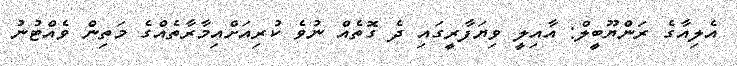
އެލިއާގެ ރަންޔޫބީލް: އާއިލީ ވިޔަފާރީގައި ދެ ގޮތެއް ނުވެ ކުރިއަށްއިމާރާތެއްގެ މަތިން ވެއްޓުނު